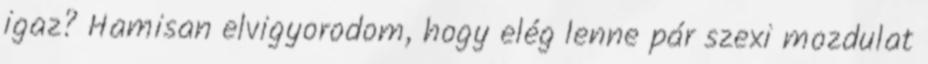
igaz? Hamisan elvigyorodom, hogy elég lenne pár szexi mozdulat